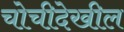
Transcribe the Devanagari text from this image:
चोचीदेखील